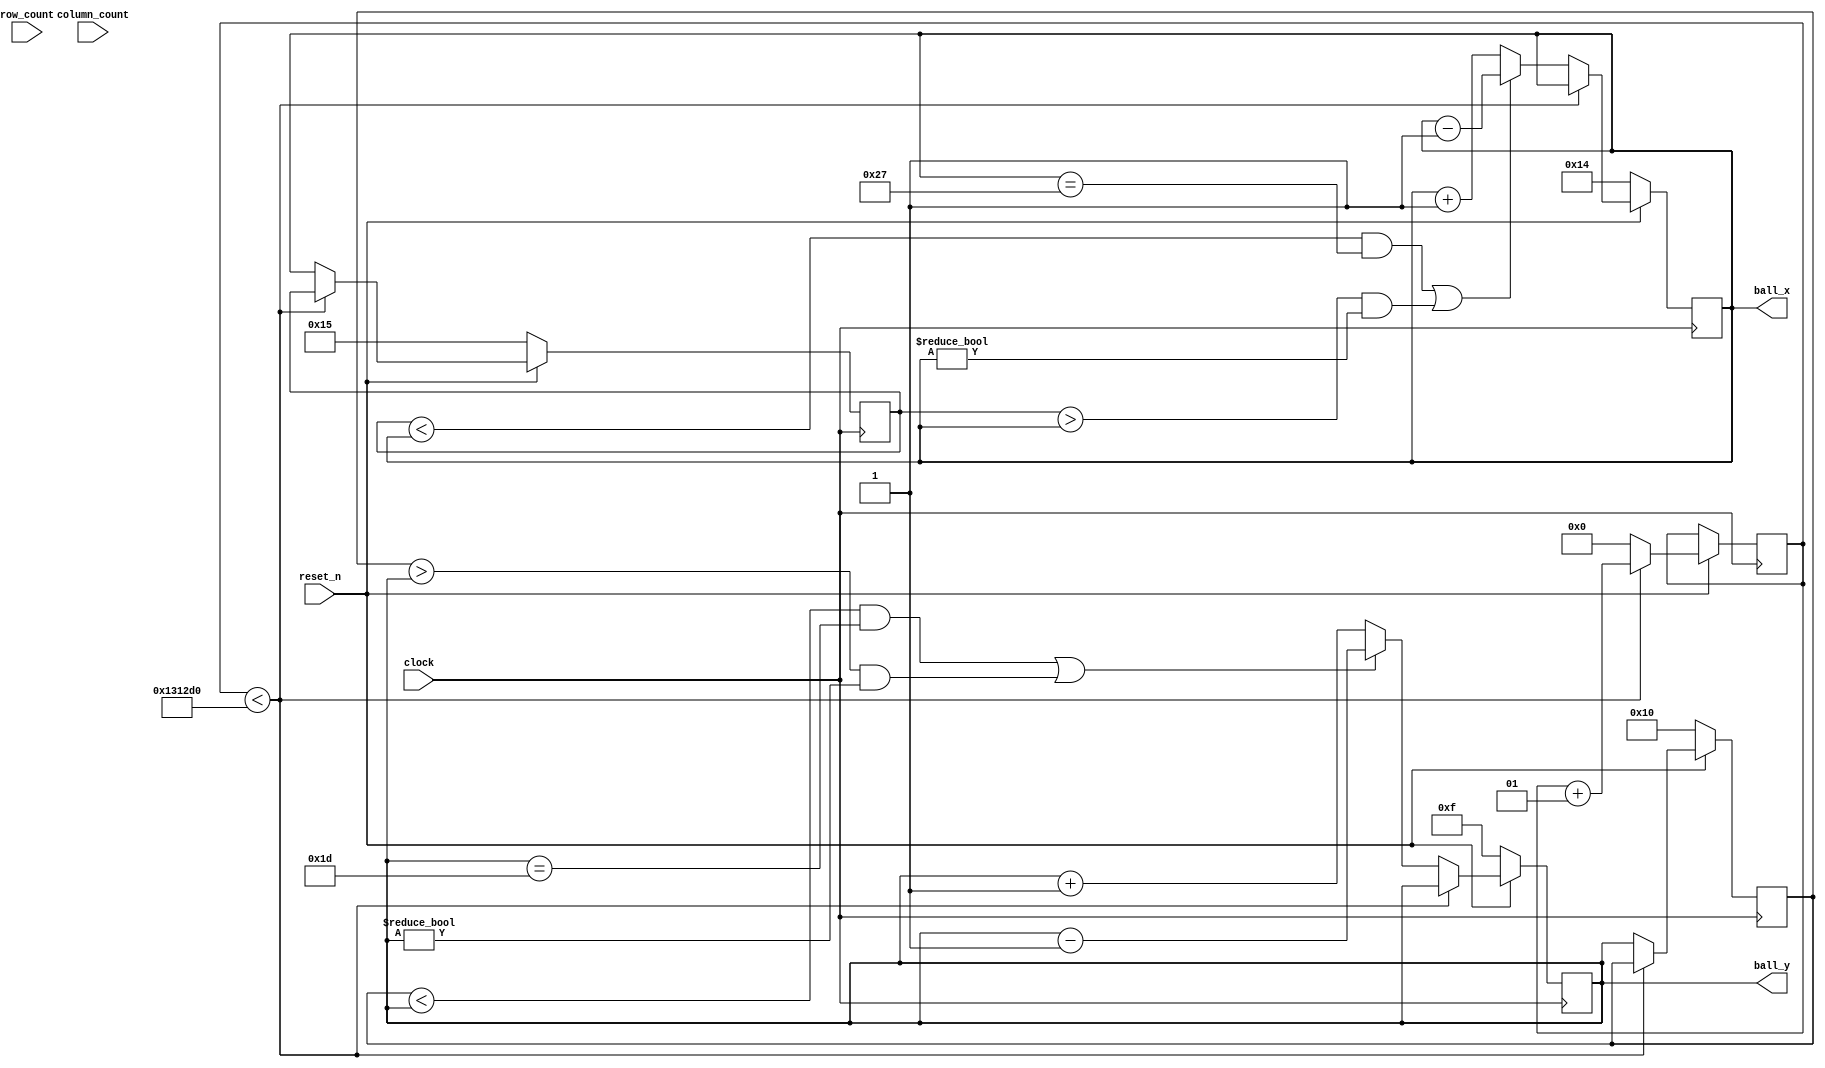
// Purpose of this Module:
// Control the movement direction and speed of the ball
// The ball only moves diagonally,
// and changes direction only when it hits a wall or paddle
module Pong_Ball_Control #(
    parameter
    GAME_WIDTH = 40,
    GAME_HEIGHT = 30
    ) (
    input clock,
    input reset_n,
    input [5:0] column_count,
    input [5:0] row_count,

    output reg [5:0] ball_x = 0,
    output reg [5:0] ball_y = 0
    );

    // Set the Speed of the paddle movement.  
    // In this case, the paddle will move one board game unit
    // every 50 milliseconds that the button is held down.
    // 25MHz / 1250000 = 20 Hz = 50 milliseconds 
    parameter BALL_SPEED = 1250000;


    reg [5:0] previous_ball_x = 0, previous_ball_y = 0;
    integer ball_count = 0;


    always @(posedge clock) begin
        // Reset the ball position back to the middle when game resets
        if (~reset_n) begin
            ball_x <= GAME_WIDTH/2;
            ball_y <= GAME_HEIGHT/2;
            previous_ball_x <= GAME_WIDTH/2 + 1;
            previous_ball_y <= GAME_HEIGHT/2 + 1;
        
        // Only need to check the ball position when ball_count == BALL_SPEED
        end else begin
            if (ball_count < BALL_SPEED) begin
                ball_count <= ball_count + 1;
            end else begin
                ball_count <= 0;
                // Store previous location to keep track of movement 
                previous_ball_x <= ball_x;
                previous_ball_y <= ball_y;

                // If previous_ball_x is less than ball_x, ball is moving to the right
                // Keep it moving to the right unless we hit the wall.
                // If previous_ball_x is greater than ball_x, ball is moving to the left
                // Keep it moving to the left unless we hit the wall.
                // The same logic applies to previous_ball_y and ball_y
                ball_x <= ((previous_ball_x < ball_x && ball_x == GAME_WIDTH-1) 
                || (previous_ball_x > ball_x && ball_x != 0)) ? ball_x - 1 : ball_x + 1;
                ball_y <= ((previous_ball_y < ball_y && ball_y == GAME_HEIGHT-1) 
                || (previous_ball_y > ball_y && ball_y != 0)) ? ball_y - 1 : ball_y + 1;
            end
        end
    end
endmodule